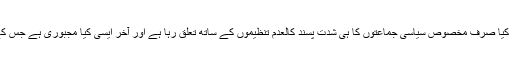
ماضی میں بھی ایسے الزامات منظر عام پر آتے رہے ہیں لیکن کیا صرف مخصوص سیاسی جماعتوں کا ہی شدت پسند کالعدم تنظیموں کے ساتھ تعلق رہا ہے اور آخر ایسی کیا مجبوری ہے جس کے تحت بڑی سیاسی جماعتوں کو ان سے رجوع کرنا پڑتا ہے؟